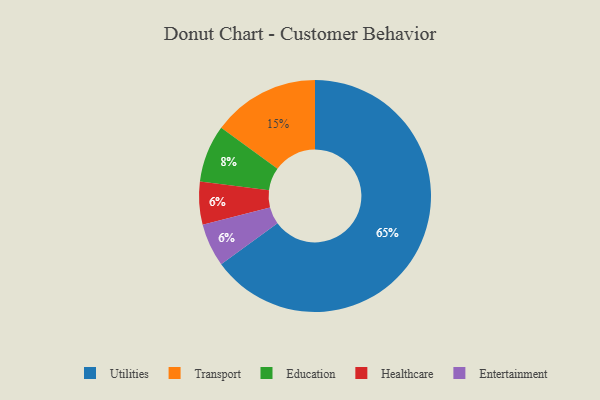
{"axis": {"x": "Category", "y": "Percentage"}, "legend": ["Education", "Entertainment", "Healthcare", "Transport", "Utilities"], "data": [{"x": "Education", "y": 8, "type": "Education"}, {"x": "Utilities", "y": 65, "type": "Utilities"}, {"x": "Healthcare", "y": 6, "type": "Healthcare"}, {"x": "Transport", "y": 15, "type": "Transport"}, {"x": "Entertainment", "y": 6, "type": "Entertainment"}]}